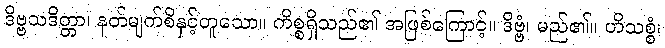
ဒိဗ္ဗသဒိတ္တာ၊ နတ်မျက်စိနှင့်တူသော။ ကိစ္စရှိသည်၏ အဖြစ်ကြောင့်။ ဒိဗ္ဗံ၊ မည်၏။ ဟိသစ္စံ၊